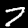
Label: 7